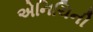
એનિચિની